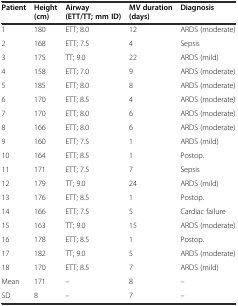
| Patient | Height (cm) | Airway (ETT/TT; mm ID) | MV duration (days) | Diagnosis |
 | --- | --- | --- | --- | --- |
 | 1 | 180 | ETT; 8.0 | 12 | ARDS (moderate) |
 | 2 | 168 | ETT; 7.5 | 4 | Sepsis |
 | 3 | 175 | TT; 9.0 | 22 | ARDS (mild) |
 | 4 | 158 | ETT; 7.0 | 9 | ARDS (moderate) |
 | 5 | 185 | ETT; 8.0 | 8 | ARDS (moderate) |
 | 6 | 170 | ETT; 8.5 | 4 | ARDS (moderate) |
 | 7 | 170 | ETT; 8.0 | 6 | ARDS (moderate) |
 | 8 | 166 | ETT; 8.0 | 6 | ARDS (moderate) |
 | 9 | 160 | ETT; 7.5 | 1 | ARDS (mild) |
 | 10 | 164 | ETT; 8.5 | 1 | Postop. |
 | 11 | 171 | ETT; 7.5 | 7 | Sepsis |
 | 12 | 179 | TT; 9.0 | 24 | ARDS (mild) |
 | 13 | 176 | ETT; 8.5 | 1 | Postop. |
 | 14 | 166 | ETT; 7.5 | 5 | Cardiac failure |
 | 15 | 163 | TT; 9.0 | 15 | ARDS (moderate) |
 | 16 | 178 | ETT; 8.5 | 1 | Postop. |
 | 17 | 182 | TT; 9.0 | 5 | ARDS (moderate) |
 | 18 | 170 | ETT; 8.5 | 7 | ARDS (mild) |
 | Mean | 171 | – | 8 | – |
 | SD | 8 | – | 7 | – |